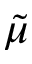
\tilde { \mu }